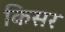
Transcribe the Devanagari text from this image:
किसर